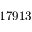
1 7 9 1 3